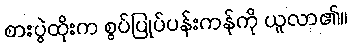
စားပွဲထိုးက စွပ်ပြုပ်ပန်းကန်ကို ယူလာ၏။